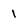
Character: 1